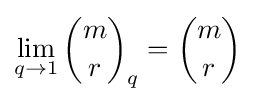
\lim _{q\to 1}{\binom {m}{r}}_{q}={\binom {m}{r}}